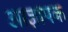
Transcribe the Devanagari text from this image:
आज्ञापक